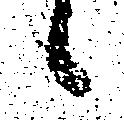
候